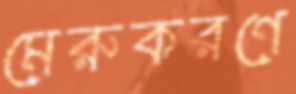
মেরুকরণে